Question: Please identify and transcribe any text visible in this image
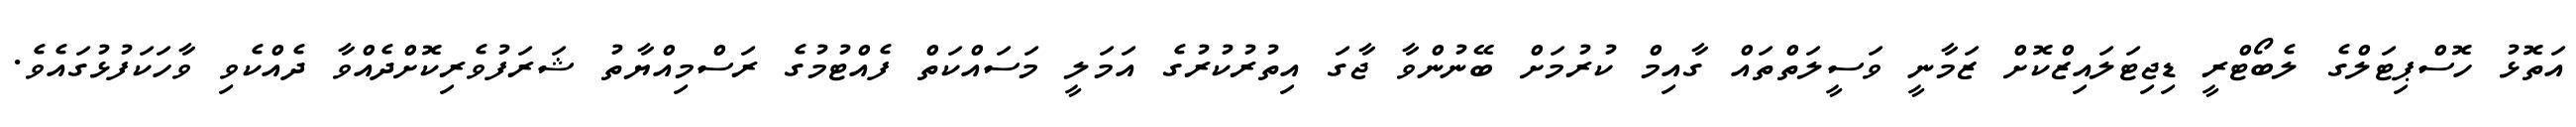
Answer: އަތޮޅު ހޮސްޕިޓަލްގެ ލެބޯޓްރީ ޑިޖިޓަލައިޒްކޮށް ޒަމާނީ ވަސީލަތްތައް ގާއިމް ކުރުމަށް ބޭނުންވާ ޖާގަ އިތުރުކުރުގެ އަމަލީ މަސައްކަތް ފެއްޓުމުގެ ރަސްމިއްޔާތު ޝަރަފުވެރިކޮށްދެއްވާ ދެއްކެވި ވާހަކަފުޅުގައެވެ.